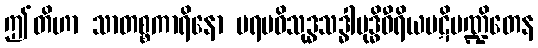
ဤတိဟာ သာတစ္စကာရိနော ပရမဝိသုဒ္ဓသဒ္ဓါဗုဒ္ဓိဝီရိယပဋိမဏ္ဍိတေန